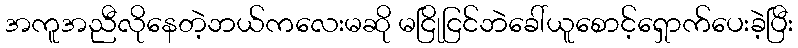
အကူအညီလိုနေတဲ့ဘယ်ကလေးမဆို မငြိုငြင်ဘဲခေါ်ယူစောင့်ရှောက်ပေးခဲ့ပြီး